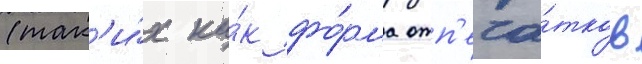
(так'и́х ка́к фо́рма отп'еча́тков